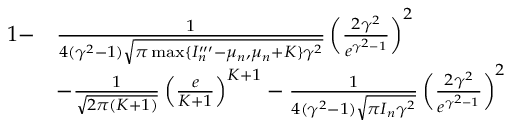
\begin{array} { r l } { 1 - } & { \frac { 1 } { 4 ( \gamma ^ { 2 } - 1 ) \sqrt { \pi \operatorname* { m a x } \{ I _ { n } ^ { \prime \prime \prime } - \mu _ { n } , \mu _ { n } + K \} \gamma ^ { 2 } } } \left( \frac { 2 \gamma ^ { 2 } } { e ^ { \gamma ^ { 2 } - 1 } } \right) ^ { 2 } } \\ & { - \frac { 1 } { \sqrt { 2 \pi ( K + 1 ) } } \left( \frac { e } { K + 1 } \right) ^ { K + 1 } - \frac { 1 } { 4 ( \gamma ^ { 2 } - 1 ) \sqrt { \pi I _ { n } \gamma ^ { 2 } } } \left( \frac { 2 \gamma ^ { 2 } } { e ^ { \gamma ^ { 2 } - 1 } } \right) ^ { 2 } } \end{array}